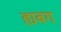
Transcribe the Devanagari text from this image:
ह्यबग